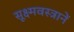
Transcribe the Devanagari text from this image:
सूक्ष्मवस्त्रानें